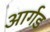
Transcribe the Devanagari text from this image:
आर्गड